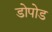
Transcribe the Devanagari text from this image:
डोपोड